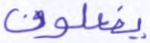
يفعلون